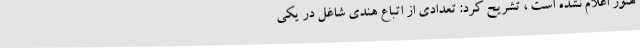
هنوز اعلام نشده است ، تشریح کرد: تعدادی از اتباع هندی شاغل در یکی